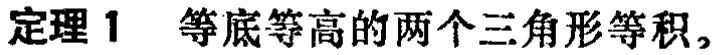
定理 1 等底等高的两个三角形等积。